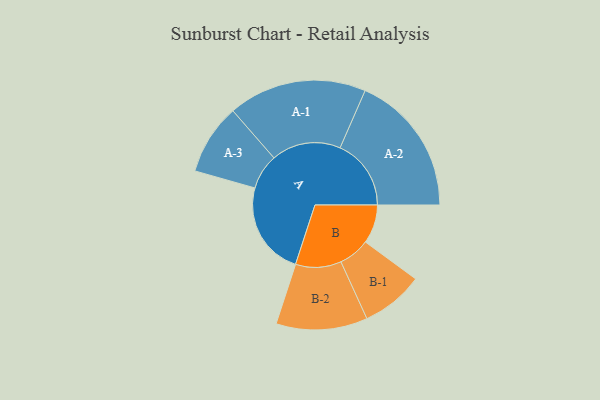
{"axis": {"x": "Segment", "y": "Value"}, "legend": ["", "A", "B"], "data": [{"x": "A", "y": 382, "type": ""}, {"x": "B", "y": 158, "type": ""}, {"x": "A-1", "y": 282, "type": "A"}, {"x": "A-2", "y": 289, "type": "A"}, {"x": "A-3", "y": 144, "type": "A"}, {"x": "B-1", "y": 127, "type": "B"}, {"x": "B-2", "y": 186, "type": "B"}]}